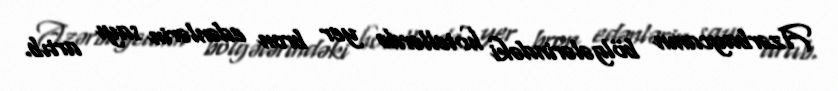
Azərbaycanın bölgələrindəki hotellərdə yer bron edənlərin sayı artıb.